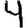
Digit: 4